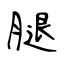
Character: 腿